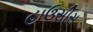
હાઉસીસ